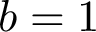
b = 1